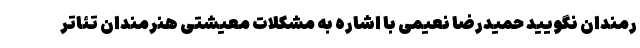
رمندان نگویید حمیدرضا نعیمی با اشاره به مشکلات معیشتی هنرمندان تئاتر